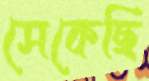
সেকেছি